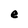
Character: e